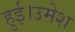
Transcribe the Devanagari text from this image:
हुई।उमेश